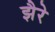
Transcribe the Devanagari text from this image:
झैरे